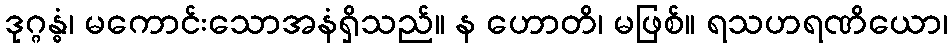
ဒုဂ္ဂန္ဓံ၊ မကောင်းသောအနံရှိသည်။ န ဟောတိ၊ မဖြစ်။ ရသဟရဏိယော၊